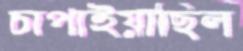
চাপাইয়াছিল